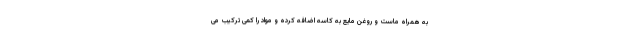
به همراه ماست و روغن مایع به کاسه اضافه کرده و مواد را کمی ترکیب می